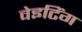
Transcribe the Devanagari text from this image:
वेइटिंग